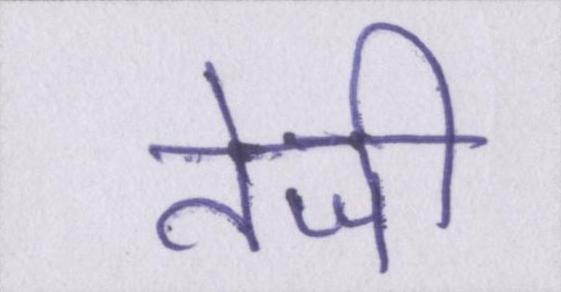
तेजी